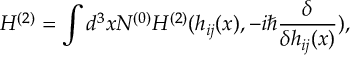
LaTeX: H ^ { ( 2 ) } = \int d ^ { 3 } x N ^ { ( 0 ) } H ^ { ( 2 ) } ( h _ { i j } ( x ) , - i \hbar \frac { \delta } { \delta h _ { i j } ( x ) } ) ,